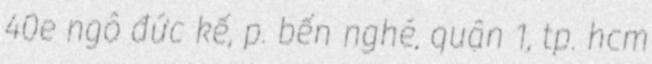
40e ngô đức kế, p. bến nghé, quận 1, tp. hcm